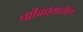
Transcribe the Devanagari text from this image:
ग्रीकांमधील